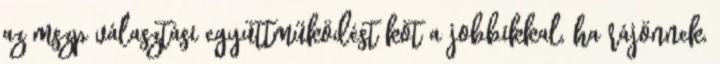
az mszp választási együttműködést köt a jobbikkal, ha rájönnek,